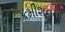
કમીશનના